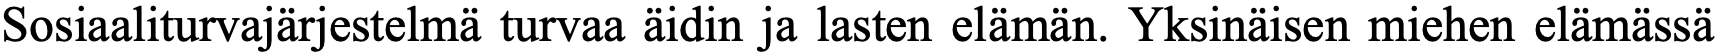
Sosiaaliturvajärjestelmä turvaa äidin ja lasten elämän. Yksinäisen miehen elämässä